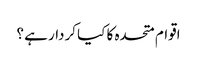
اقوام متحدہ کا کیا کردار ہے ؟